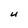
Character: U